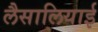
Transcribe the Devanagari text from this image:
लैसालियाई